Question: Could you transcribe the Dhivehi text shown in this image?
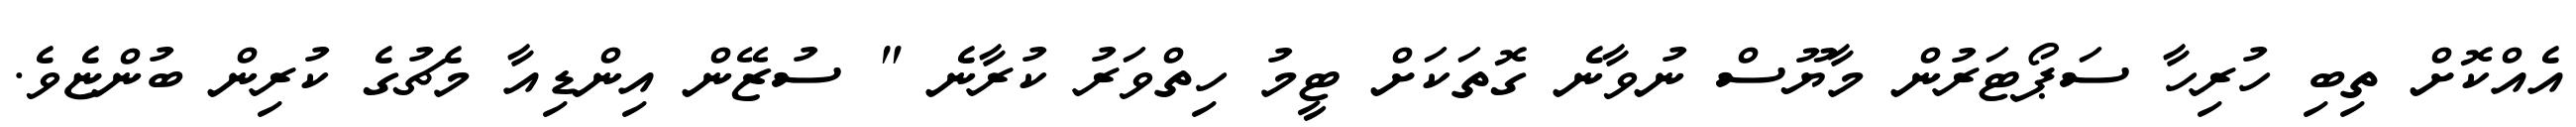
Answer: އެއްކޮށް ތިބި ހުރިހާ ސަޕޯޓަރުން މާޔޫސް ނުވާނެ ގޮތަކަށް ޓީމު ހިތްވަރު ކުރާނެ " ސުޒޭން އިންޑިއާ މެޗުގެ ކުރިން ބުންޏެވެ.